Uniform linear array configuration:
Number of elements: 24
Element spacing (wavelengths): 0.75
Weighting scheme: blackman
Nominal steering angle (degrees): -30
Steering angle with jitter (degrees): -29.309
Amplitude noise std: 0.05
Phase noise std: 0.05

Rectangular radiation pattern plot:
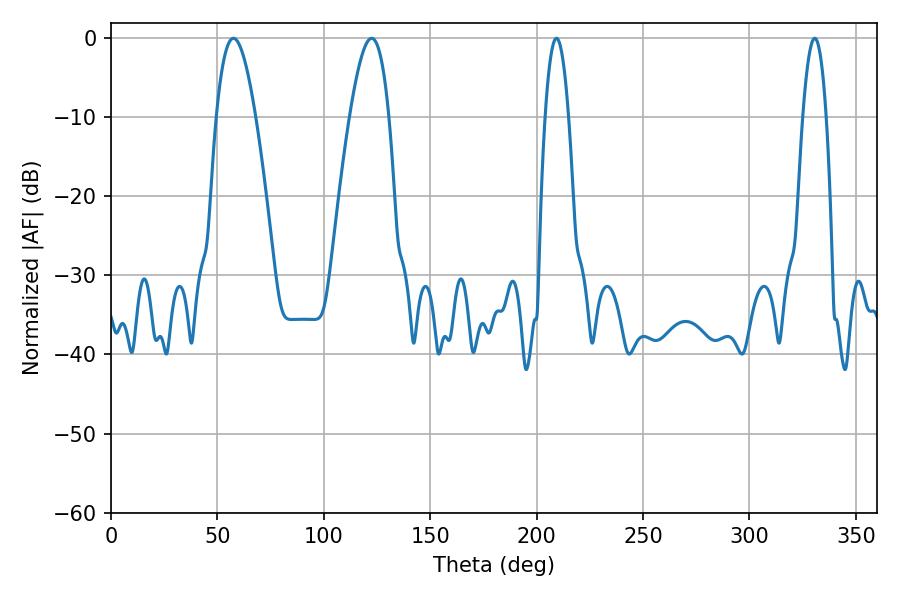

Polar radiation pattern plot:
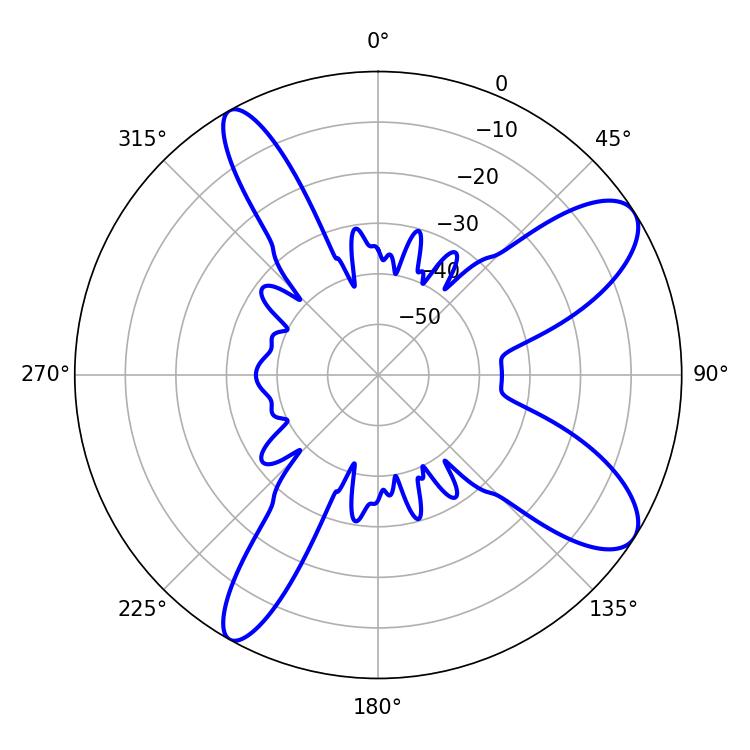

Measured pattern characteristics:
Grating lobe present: TRUE
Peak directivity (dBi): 9.794
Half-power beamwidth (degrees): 6.12
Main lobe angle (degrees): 330.66